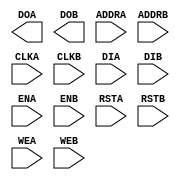
//    Xilinx Proprietary Primitive Cell X_RAMB4_S1_S8 for Verilog
//
// $Header: /devl/xcs/repo/env/Databases/CAEInterfaces/verplex_libs/data/simprims/X_RAMB4_S1_S8.v,v 1.3.198.3 2004/09/28 20:47:46 wloo Exp $
//

`celldefine
`timescale 1 ps/1 ps

module X_RAMB4_S1_S8 (DOA, DOB, ADDRA, ADDRB, CLKA, CLKB, DIA, DIB, ENA, ENB, RSTA, RSTB, WEA, WEB);

    parameter INIT_00 = 256'h0000000000000000000000000000000000000000000000000000000000000000;
    parameter INIT_01 = 256'h0000000000000000000000000000000000000000000000000000000000000000;
    parameter INIT_02 = 256'h0000000000000000000000000000000000000000000000000000000000000000;
    parameter INIT_03 = 256'h0000000000000000000000000000000000000000000000000000000000000000;
    parameter INIT_04 = 256'h0000000000000000000000000000000000000000000000000000000000000000;
    parameter INIT_05 = 256'h0000000000000000000000000000000000000000000000000000000000000000;
    parameter INIT_06 = 256'h0000000000000000000000000000000000000000000000000000000000000000;
    parameter INIT_07 = 256'h0000000000000000000000000000000000000000000000000000000000000000;
    parameter INIT_08 = 256'h0000000000000000000000000000000000000000000000000000000000000000;
    parameter INIT_09 = 256'h0000000000000000000000000000000000000000000000000000000000000000;
    parameter INIT_0A = 256'h0000000000000000000000000000000000000000000000000000000000000000;
    parameter INIT_0B = 256'h0000000000000000000000000000000000000000000000000000000000000000;
    parameter INIT_0C = 256'h0000000000000000000000000000000000000000000000000000000000000000;
    parameter INIT_0D = 256'h0000000000000000000000000000000000000000000000000000000000000000;
    parameter INIT_0E = 256'h0000000000000000000000000000000000000000000000000000000000000000;
    parameter INIT_0F = 256'h0000000000000000000000000000000000000000000000000000000000000000;

    output [0:0] DOA;
    reg [0:0] DOA;

    input [11:0] ADDRA;
    input [0:0] DIA;
    input ENA, CLKA, WEA, RSTA;

    output [7:0] DOB;
    reg [7:0] DOB;

    input [8:0] ADDRB;
    input [7:0] DIB;
    input ENB, CLKB, WEB, RSTB;


// synopsys translate_off
    reg [4095:0] mem;
    reg [8:0] count;

    initial begin
	for (count = 0; count < 256; count = count + 1) begin
	    mem[count]		  <= INIT_00[count];
	    mem[256 * 1 + count]  <= INIT_01[count];
	    mem[256 * 2 + count]  <= INIT_02[count];
	    mem[256 * 3 + count]  <= INIT_03[count];
	    mem[256 * 4 + count]  <= INIT_04[count];
	    mem[256 * 5 + count]  <= INIT_05[count];
	    mem[256 * 6 + count]  <= INIT_06[count];
	    mem[256 * 7 + count]  <= INIT_07[count];
	    mem[256 * 8 + count]  <= INIT_08[count];
	    mem[256 * 9 + count]  <= INIT_09[count];
	    mem[256 * 10 + count] <= INIT_0A[count];
	    mem[256 * 11 + count] <= INIT_0B[count];
	    mem[256 * 12 + count] <= INIT_0C[count];
	    mem[256 * 13 + count] <= INIT_0D[count];
	    mem[256 * 14 + count] <= INIT_0E[count];
	    mem[256 * 15 + count] <= INIT_0F[count];
	end
    end

    always @(posedge CLKA) begin
	if (ENA == 1'b1) begin
	    if (RSTA == 1'b1) begin
		DOA[0] <= 0;
	    end
	    else if (WEA == 0) begin
		DOA[0] <= mem[ADDRA * 1 + 0];
	    end
	    else begin
		DOA[0] <= DIA[0];
	    end
	end
    end

    always @(posedge CLKA) begin
	if (ENA == 1'b1 && WEA == 1'b1) begin
	    mem[ADDRA * 1 + 0] <= DIA[0];
	end
    end

    always @(posedge CLKB) begin
	if (ENB == 1'b1) begin
	    if (RSTB == 1'b1) begin
		DOB[0] <= 0;
		DOB[1] <= 0;
		DOB[2] <= 0;
		DOB[3] <= 0;
		DOB[4] <= 0;
		DOB[5] <= 0;
		DOB[6] <= 0;
		DOB[7] <= 0;
	    end
	    else if (WEB == 0) begin
		DOB[0] <= mem[ADDRB * 8 + 0];
		DOB[1] <= mem[ADDRB * 8 + 1];
		DOB[2] <= mem[ADDRB * 8 + 2];
		DOB[3] <= mem[ADDRB * 8 + 3];
		DOB[4] <= mem[ADDRB * 8 + 4];
		DOB[5] <= mem[ADDRB * 8 + 5];
		DOB[6] <= mem[ADDRB * 8 + 6];
		DOB[7] <= mem[ADDRB * 8 + 7];
	    end
	    else begin
		DOB[0] <= DIB[0];
		DOB[1] <= DIB[1];
		DOB[2] <= DIB[2];
		DOB[3] <= DIB[3];
		DOB[4] <= DIB[4];
		DOB[5] <= DIB[5];
		DOB[6] <= DIB[6];
		DOB[7] <= DIB[7];
	    end
	end
    end

    always @(posedge CLKB) begin
	if (ENB == 1'b1 && WEB == 1'b1) begin
	    mem[ADDRB * 8 + 0] <= DIB[0];
	    mem[ADDRB * 8 + 1] <= DIB[1];
	    mem[ADDRB * 8 + 2] <= DIB[2];
	    mem[ADDRB * 8 + 3] <= DIB[3];
	    mem[ADDRB * 8 + 4] <= DIB[4];
	    mem[ADDRB * 8 + 5] <= DIB[5];
	    mem[ADDRB * 8 + 6] <= DIB[6];
	    mem[ADDRB * 8 + 7] <= DIB[7];
	end
    end
// synopsys translate_on

endmodule